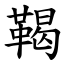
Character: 鞨